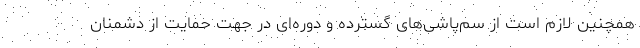
همچنین لازم است از سم‌پاشی‌های گسترده و دوره‌ای در جهت حمایت از دشمنان